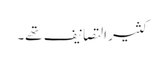
کثیر التصانیف تھے۔